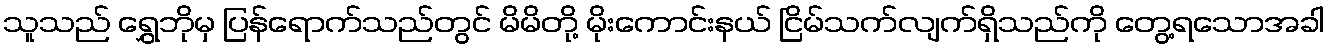
သူသည် ရွှေဘိုမှ ပြန်ရောက်သည်တွင် မိမိတို့ မိုးကောင်းနယ် ငြိမ်သက်လျက်ရှိသည်ကို တွေ့ရသောအခါ